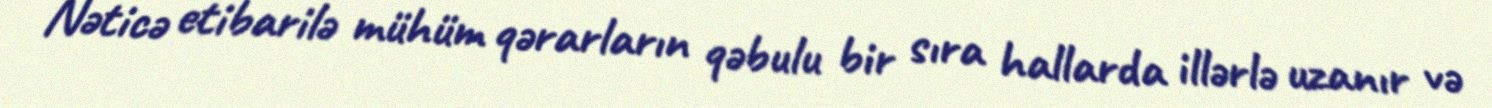
Nəticə etibarilə mühüm qərarların qəbulu bir sıra hallarda illərlə uzanır və